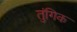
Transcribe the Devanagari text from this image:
तुंगिक